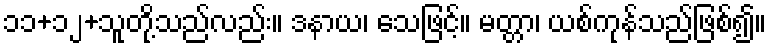
၁၁+၁၂+သူတို့သည်လည်း။ ဒနာယ၊ သေဖြင့်။ မတ္တာ၊ ယစ်ကုန်သည်ဖြစ်၍။